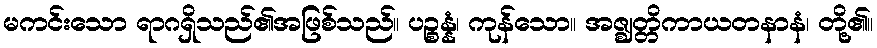
မကင်းသော ရာဂရှိသည်၏အဖြစ်သည်။ ပဉ္စန္နံ၊ ကုန်သော။ အဇ္ဈတ္တိကာယတနာနံ၊ တို့၏။